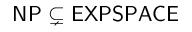
\mathsf { N P \subsetneq E X P S P A C E }